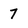
Character: 7